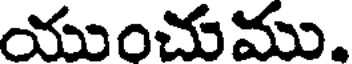
యుంచుము.